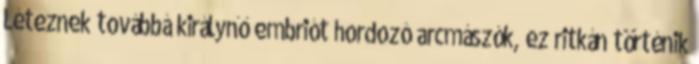
Léteznek továbbá királynő embriót hordozó arcmászók, ez ritkán történik